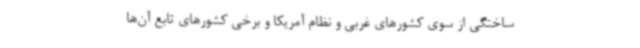
ساختگی از سوی کشورهای غربی و نظام آمریکا و برخی کشورهای تابع آن‌ها